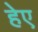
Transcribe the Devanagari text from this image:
हेए